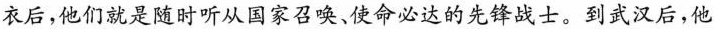
衣后，他们就是随时听从国家召唤、使命必达的先锋战士。到武汉后，他